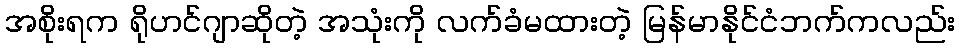
အစိုးရက ရိုဟင်ဂျာဆိုတဲ့ အသုံးကို လက်ခံမထားတဲ့ မြန်မာနိုင်ငံဘက်ကလည်း